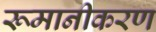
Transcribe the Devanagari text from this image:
रूमानीकरण